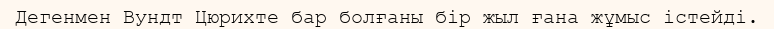
Дегенмен Вундт Цюрихте бар болғаны бір жыл ғана жұмыс істейді.